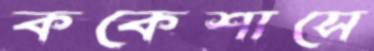
ককেশাসে